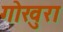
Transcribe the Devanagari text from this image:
गोखुरा